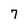
Character: 7